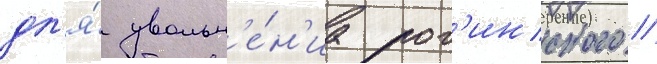
дл'я́ увольн'е́н'иа рог'инского //